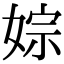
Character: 婃